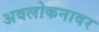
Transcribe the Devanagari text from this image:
अवलोकनावर